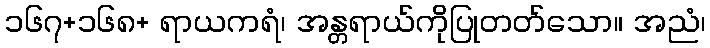
၁၆၇+၁၆၈+ ရာယကရံ၊ အန္တရာယ်ကိုပြုတတ်သော။ အညံ၊